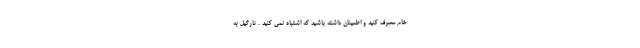
خام مصرف کنید و اطمینان داشته باشید که اشتباه نمی کنید . نارگیل به